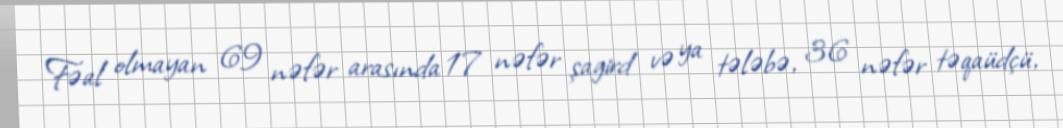
Fəal olmayan 69 nəfər arasında 17 nəfər şagird və ya tələbə, 36 nəfər təqaüdçü,